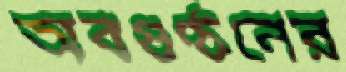
অবগুণ্ঠনের